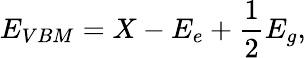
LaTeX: E_{VBM}=X-E_{e}+\frac{1}{2}E_{g},